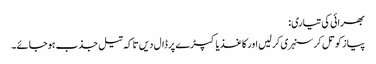
بھرائی کی تیاری:
پیاز کو تل کر سنہری کر لیں اور کاغذ یا کپڑے پر ڈال دیں تا کہ تیل جذب ہوجائے۔